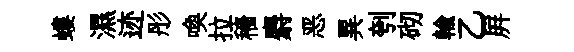
螻濕迹彤喚拉穡麝恶異刳砌輸乙屛